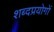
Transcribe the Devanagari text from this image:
शब्दप्रयोगों